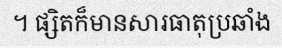
។ ផ្សិតក៏មានសារធាតុប្រឆាំង